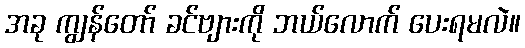
အခု ကျွန်တော် ခင်ဗျားကို ဘယ်လောက် ပေးရမလဲ။